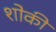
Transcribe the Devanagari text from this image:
शोकी